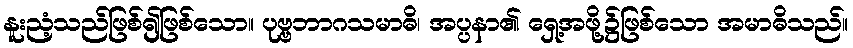
နူးညံ့သည်ဖြစ်၍ဖြစ်သော။ ပုဗ္ဗဘာဂသမာဓိ၊ အပ္ပနာ၏ ရှေ့အဖို့၌ဖြစ်သော အမာဓိသည်။